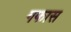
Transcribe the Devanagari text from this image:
गफास